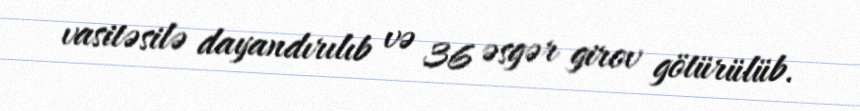
vasitəsilə dayandırılıb və 36 əsgər girov götürülüb.